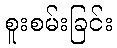
စူးစမ်းခြင်း